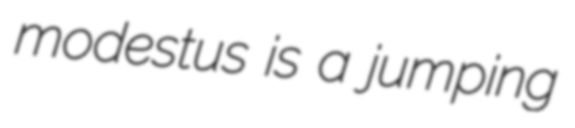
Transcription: modestus is a jumping